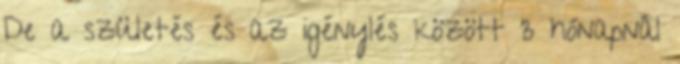
De a születés és az igénylés között 3 hónapnál